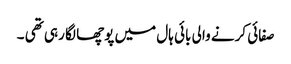
صفائی کرنے والی بائی ہال میں پوچھا لگا رہی تھی ۔